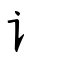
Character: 讠